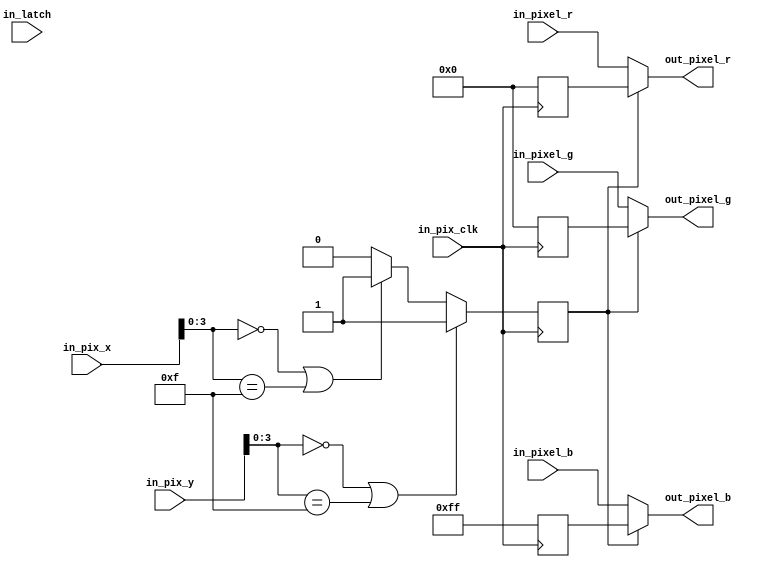
module mod_grid_display(
  input       in_pix_clk,   // Clock to sync all pixel inputs/outputs to
  input [9:0] in_pix_x,     // Current pixel output position (x,y)
  input [9:0] in_pix_y,
  input       in_latch,
  input [7:0] in_pixel_r,   // Parent video pixel data to overlay on
  input [7:0] in_pixel_g,
  input [7:0] in_pixel_b,

  output [7:0] out_pixel_r, // Video pixel data after overlay
  output [7:0] out_pixel_g,
  output [7:0] out_pixel_b
);

reg is_overlay;
reg [7:0] pixel_r;
reg [7:0] pixel_g;
reg [7:0] pixel_b;

always @(posedge in_pix_clk) begin
  if (in_pix_y[3:0] == 4'b0000 || in_pix_y[3:0] == 4'b1111) begin
    is_overlay <= 1'b1;
  end else if (in_pix_x[3:0] == 4'b0000 || in_pix_x[3:0] == 4'b1111) begin
    is_overlay <= 1'b1;
  end else begin
    is_overlay <= 1'b0;
  end

  pixel_r <= 8'b00000000;
  pixel_g <= 8'b00000000;
  pixel_b <= 8'b11111111;
end

assign out_pixel_r = is_overlay ? pixel_r : in_pixel_r;
assign out_pixel_g = is_overlay ? pixel_g : in_pixel_g;
assign out_pixel_b = is_overlay ? pixel_b : in_pixel_b;

endmodule